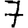
Digit: 7